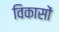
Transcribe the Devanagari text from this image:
विकासों